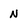
Character: N